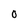
Character: O